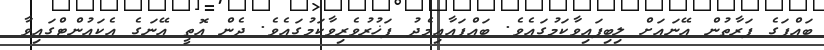
ބައްޕަގެ ފަރާތުން އޭނައަށް ލިބިފައިވާކަމުގައެވެ. ބައްޕައާއިމެދު ފަޚުރުވެރިވާކަމުގައެވެ. ދެން އޮތީ އޭނަގެ އެކައުންޓްގައިވާ